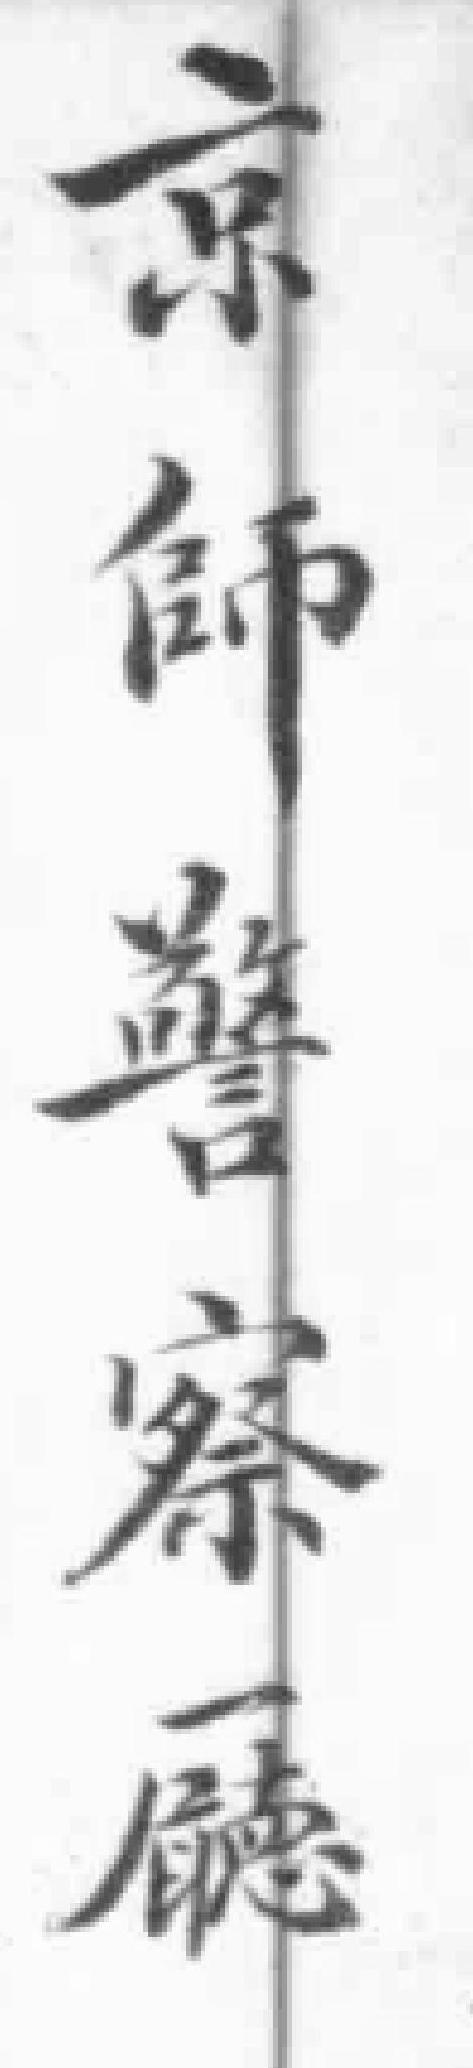
京師警察廳